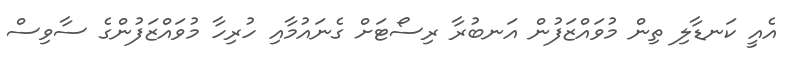
އެއީ ކަނޑާލި ތިން މުވައްޒަފުން އަނބުރާ ރިސޯޓަށް ގެނައުމާއި ހުރިހާ މުވައްޒަފުންގެ ސާވިސް